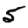
Digit: 5